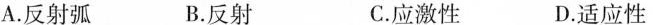
A.反射弧 B.反射 C.应激性 D.适应性